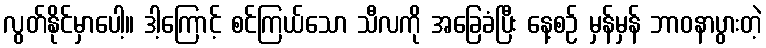
လွတ်နိုင်မှာပေါ့။ ဒါ့ကြောင့် စင်ကြယ်သော သီလကို အခြေခံပြီး နေ့စဉ် မှန်မှန် ဘာဝနာပွားတဲ့